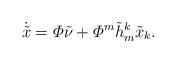
LaTeX: \begin{align*}\dot{\tilde{x}} = \varPhi \tilde{\nu} + \varPhi^m \tilde{h}_m^k \tilde{x}_k.\end{align*}